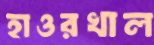
হাওরখাল